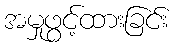
အမှုဖွင့်ထားခြင်း